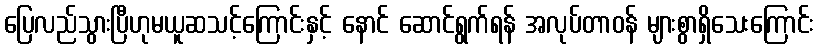
ပြေလည်သွားပြီဟုမယူဆသင့်ကြောင်းနှင့် နောင် ဆောင်ရွက်ရန် အလုပ်တာဝန် များစွာရှိသေးကြောင်း